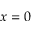
x = 0